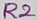
Text: R2